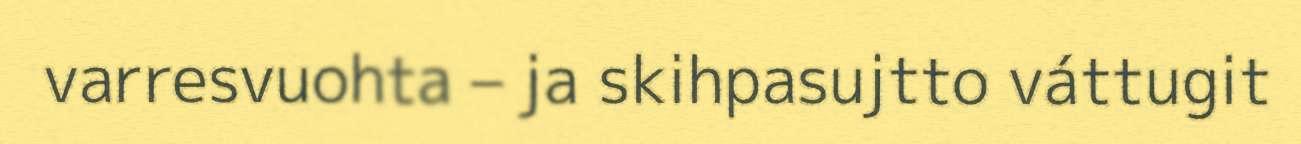
varresvuohta – ja skihpasujtto váttugit